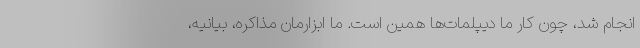
انجام شد، چون کار ما دیپلمات‌ها همین است. ما ابزارمان مذاکره، بیانیه،